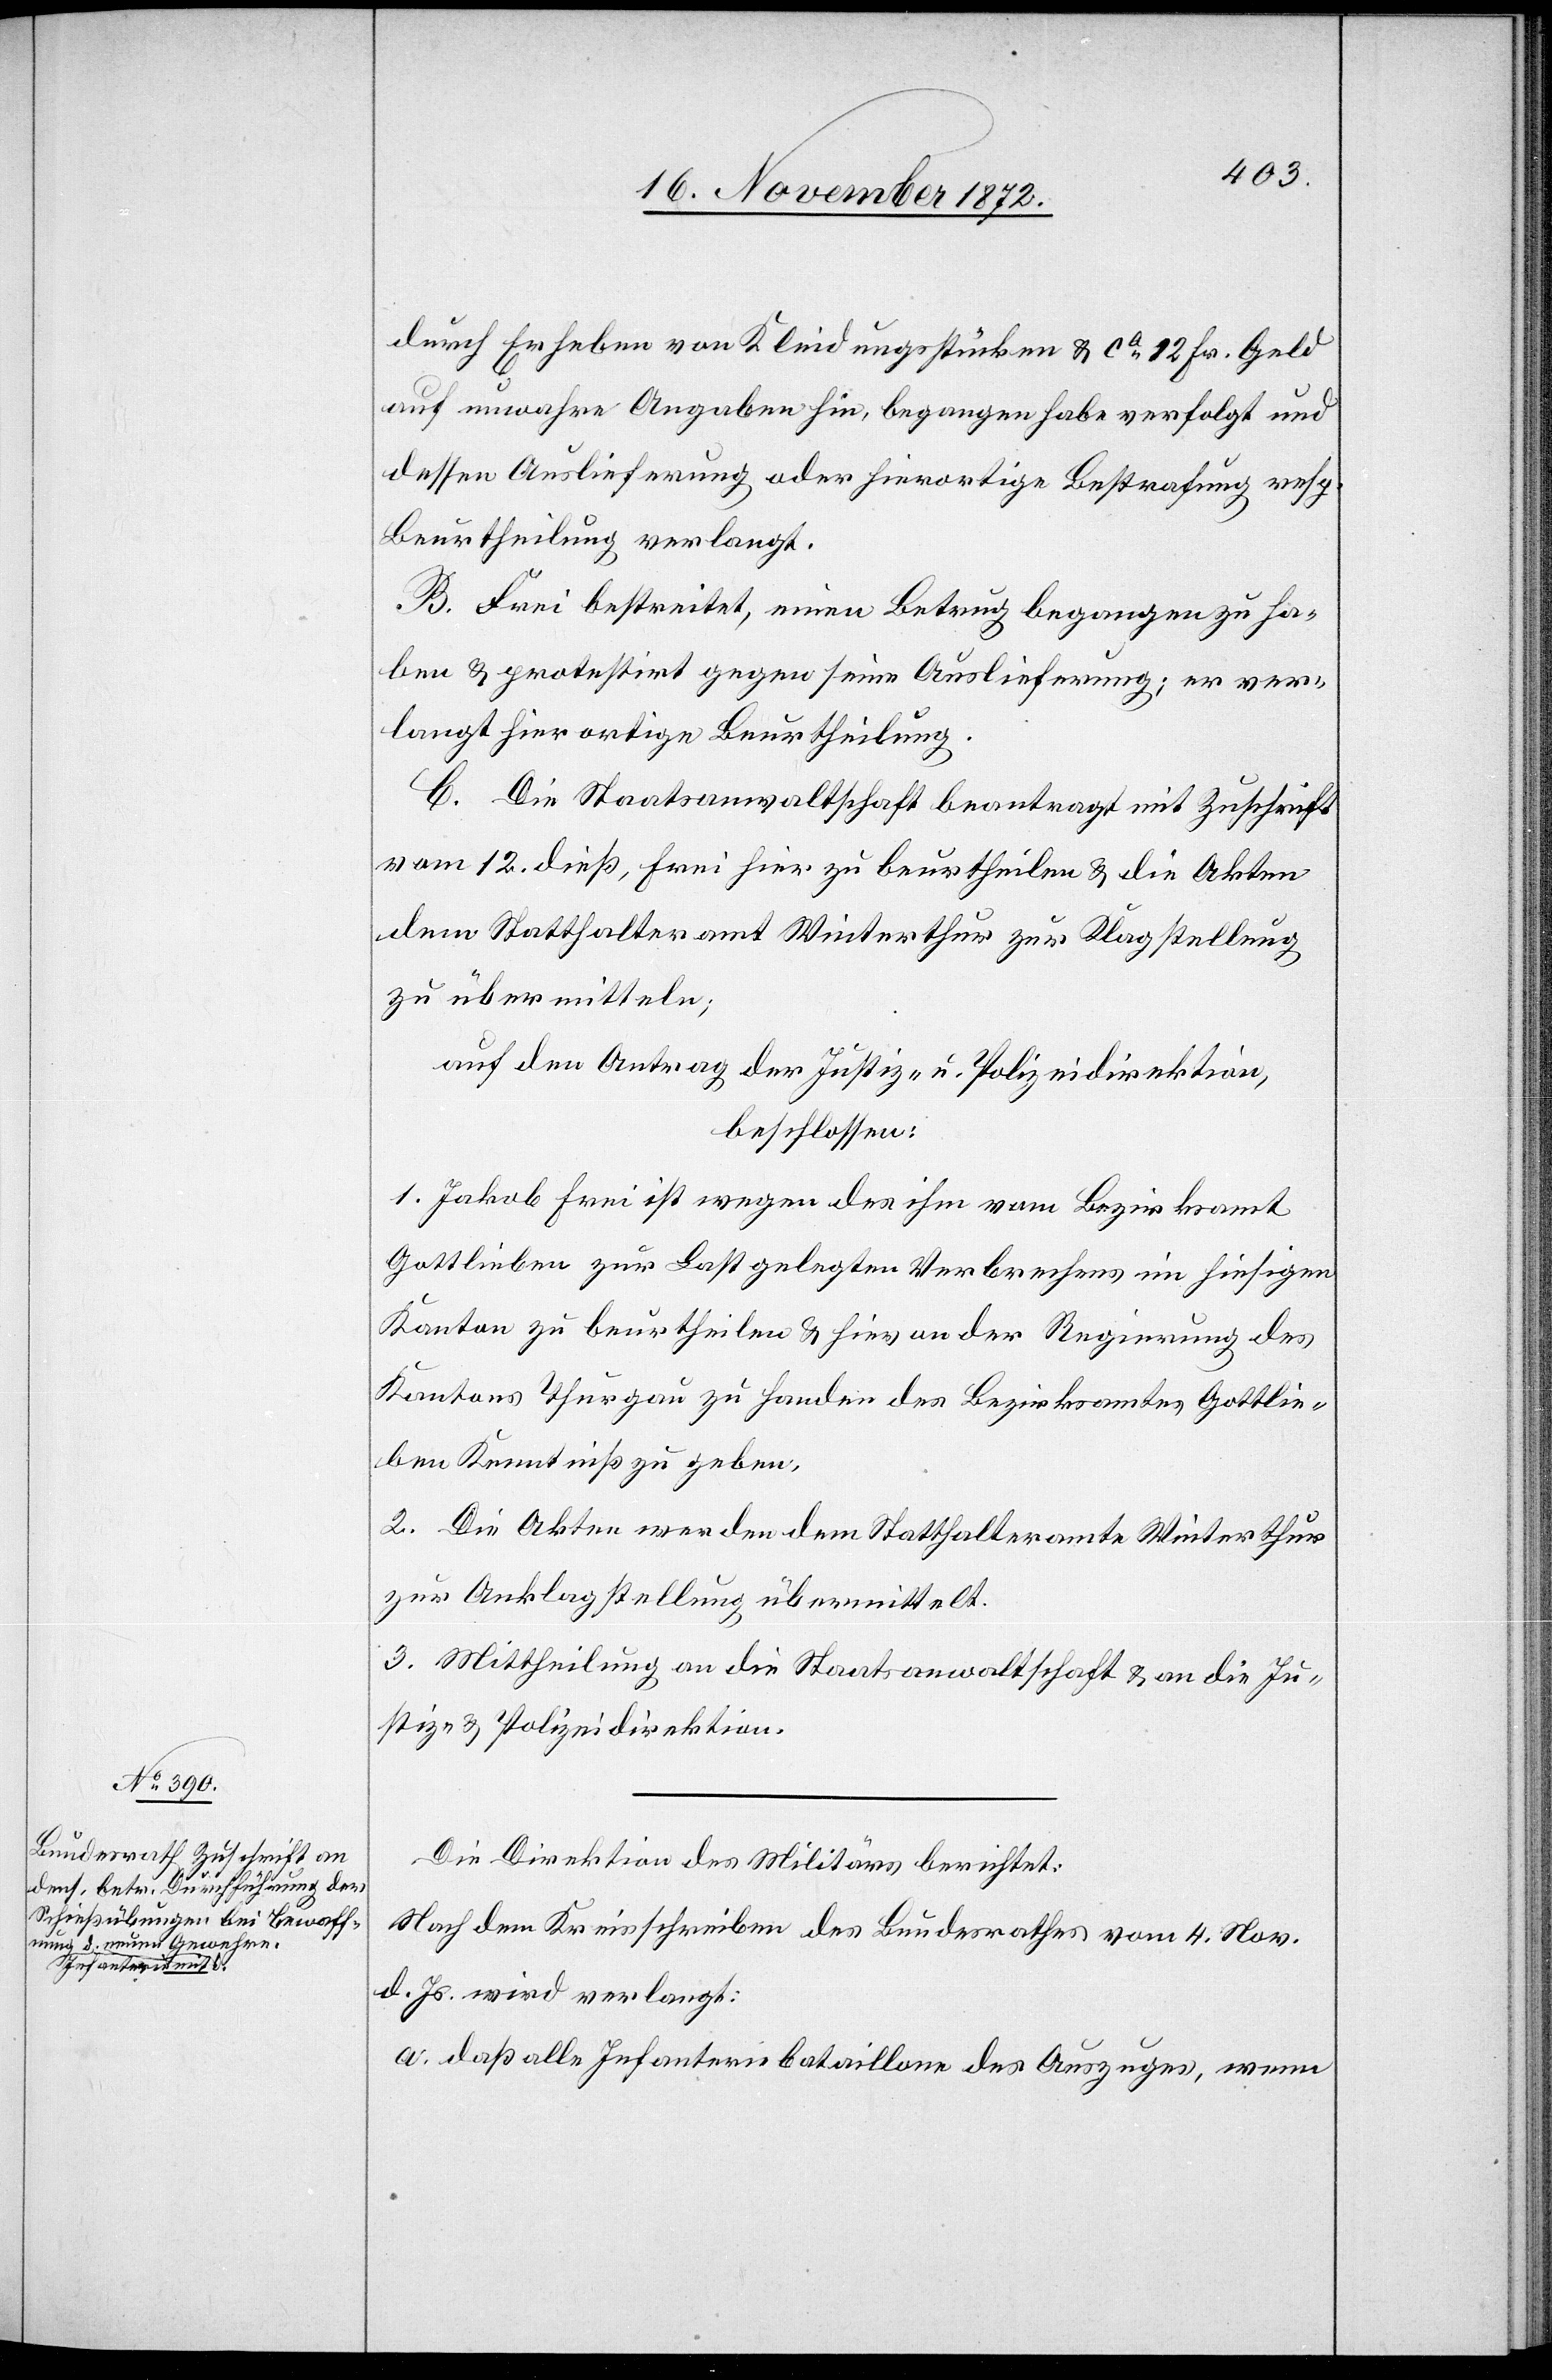
durch Erheben von Kleidungsstücken u. ca 12 Fr. Geld
auf unwahre Angaben hin, begangen habe verfolgt und
dessen Auslieferung oder hierortige Bestrafung resp.
Beurtheilung verlangt.
B. Frei bestreitet, einen Betrug begangen zu ha¬
ben u. protestirt gegen seine Auslieferung; er ver¬
langt hierortige Beurtheilung.
C. Die Staatsanwaltschaft beantragt mit Zuschrift
vom 12. dieß, Frei hier zu beurtheilen u. die Akten
dem Statthalteramt Winterthur zur Klagstellung
zu übermitteln;
auf den Antrag der Justiz- u. Polizeidirektion,
beschlossen:
1. Jakob Frei ist wegen des ihm vom Bezirksamt
Gottlieben zur Last gelegten Verbrechens im hiesigen
Kanton Thurgau zu Handen des Bezirksamtes Gottlie¬
ben Kenntniß zu geben.
2. Die Akten werden dem Statthalteramte Winterthur
zur Anklagstellung übermittelt.
3. Mittheilung an die Staatsanwaltschaft u. an die Ju¬
stiz- u. Polizeidirektion.
Die Direktion des Militärs berichtet:
Nach dem Kreisschreiben des Bundesrathes vom 4. Nov.
d. Js. wird verlangt:
a. daß alle Infanteriebataillone des Auszuges, wenn